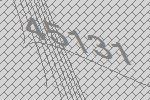
45131